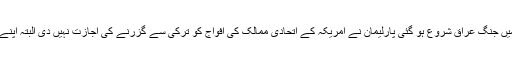
انصاف و ترقی پارٹی کے پہلے دور میں جنگ عراق شروع ہو گئی پارلیمان نے امریکہ کے اتحادی ممالک کی افواج کو ترکی سے گزرنے کی اجازت نہیں دی البتہ اپنے دستے بھیجنے کی منظوری دے دی۔